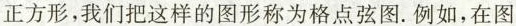
正方形，我们把这样的图形称为格点弦图。例如，在